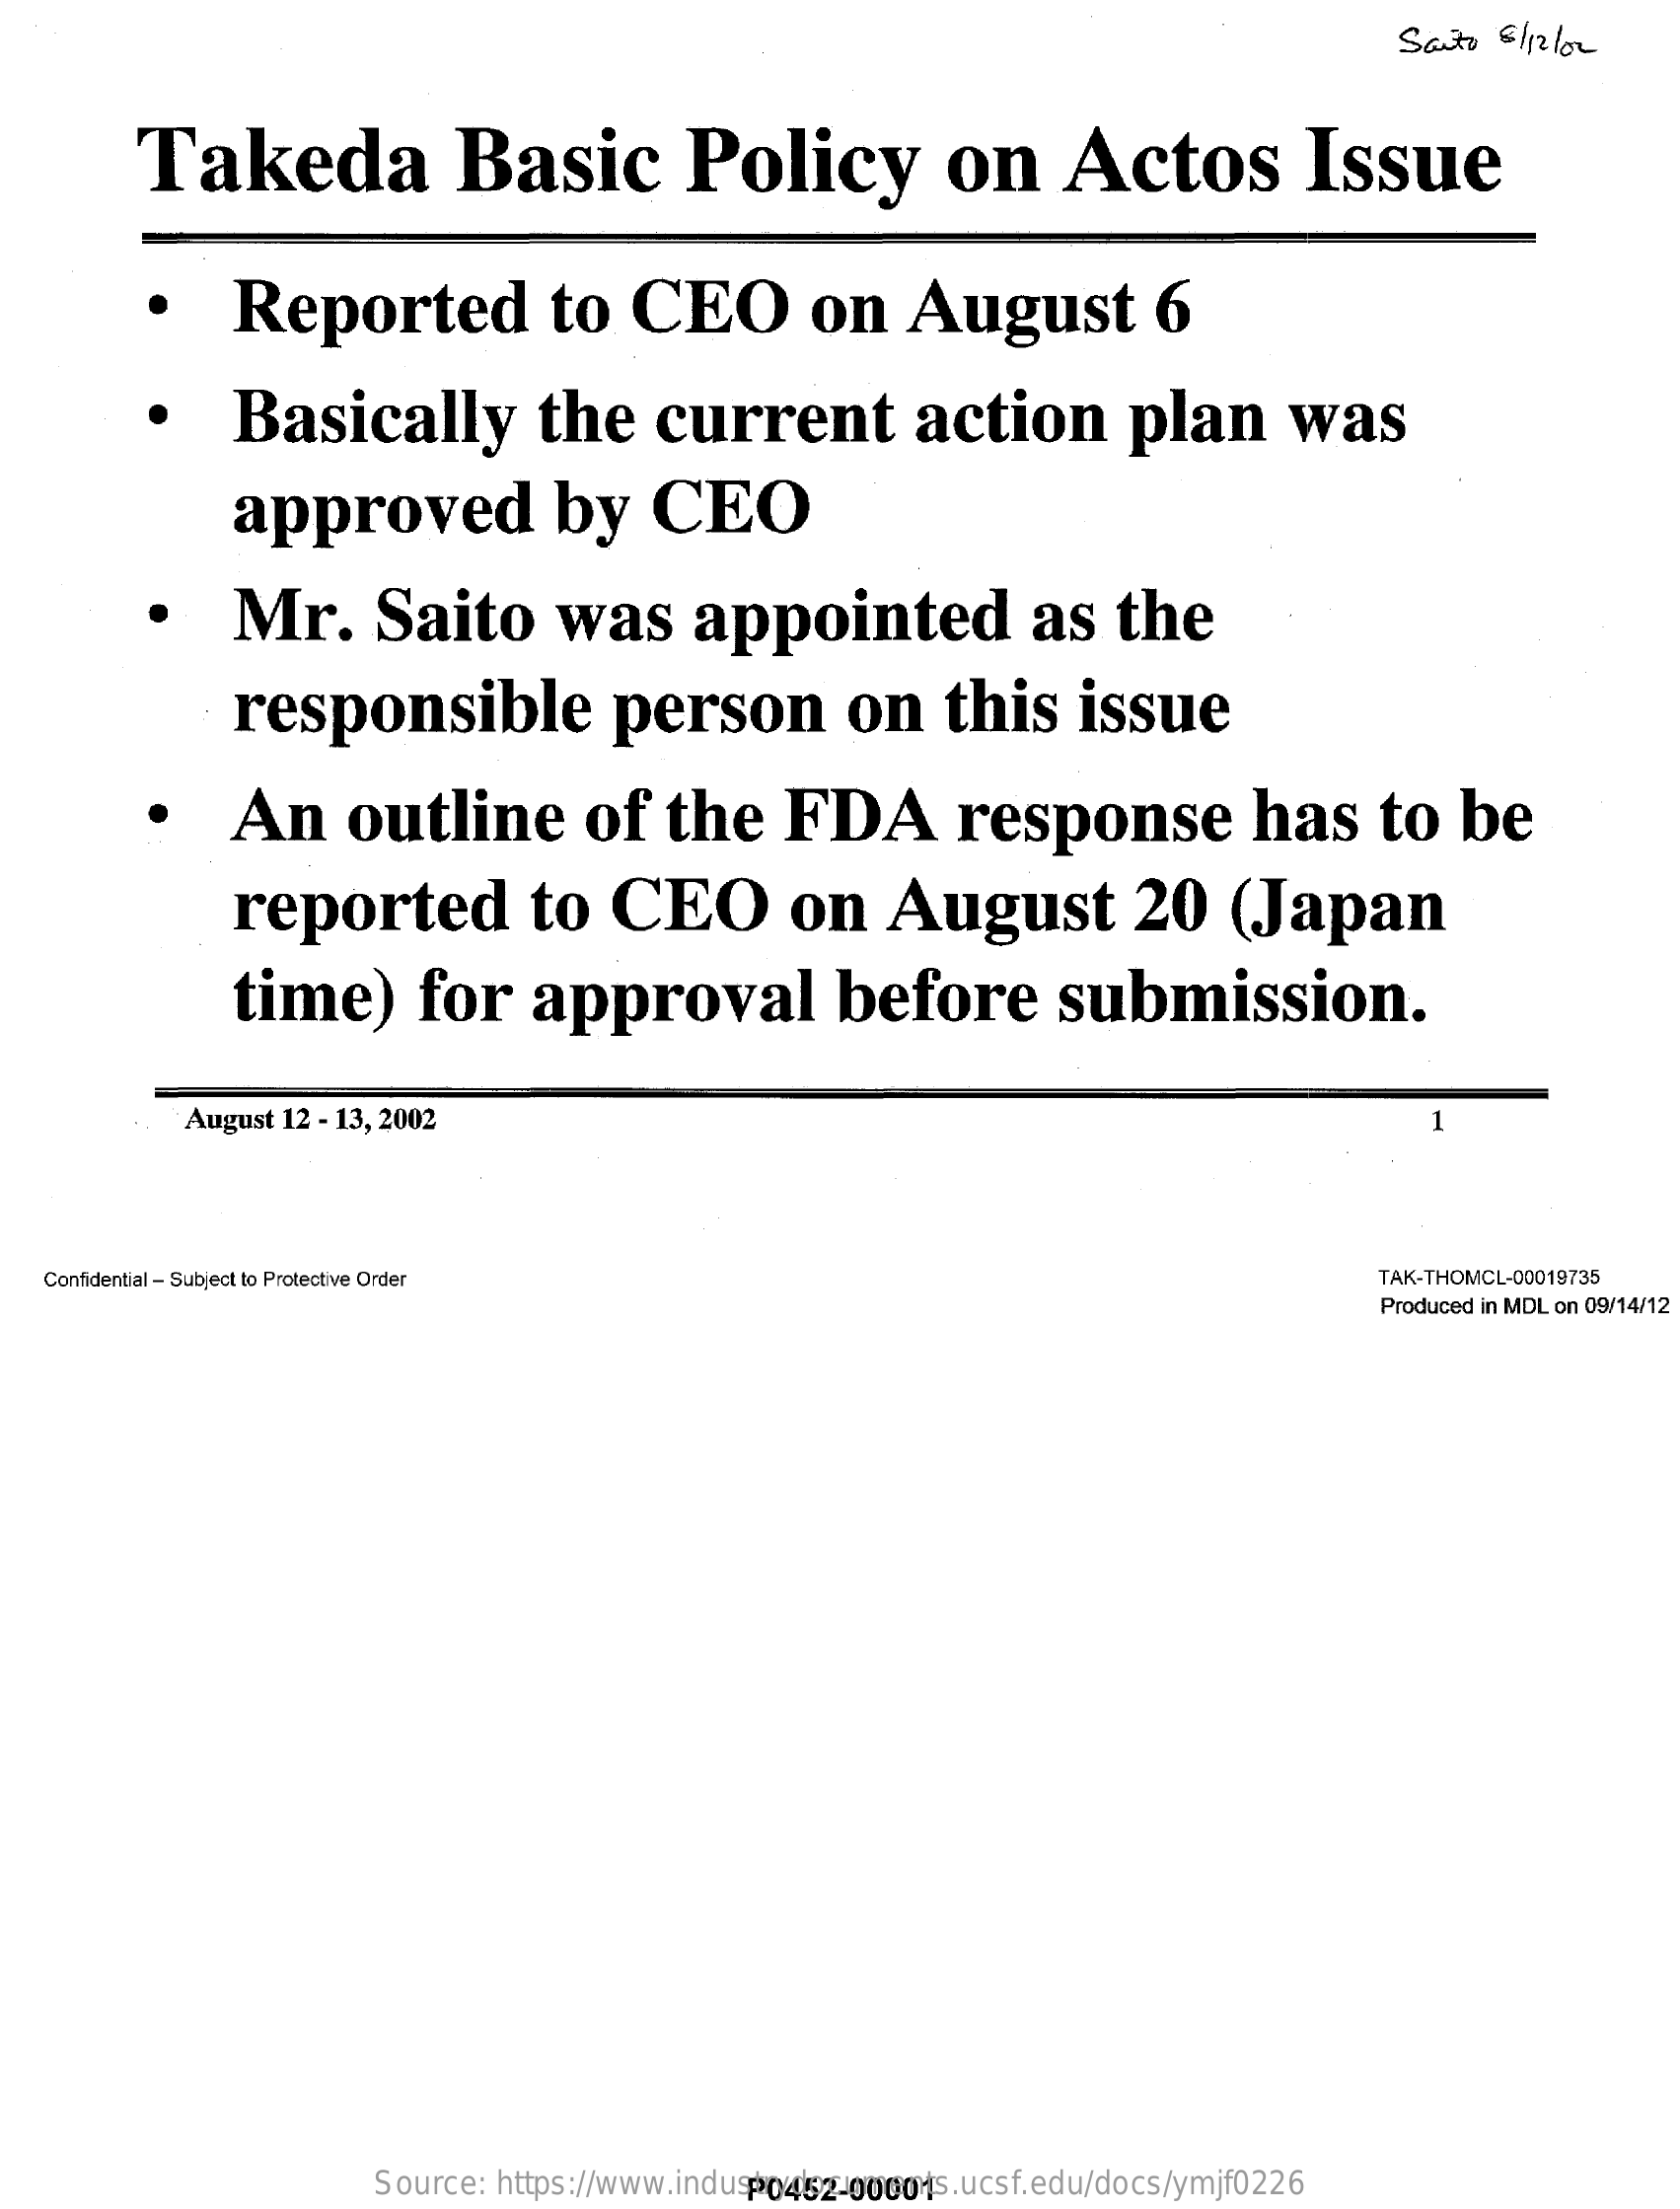
Saito   6/ 12 low
     Takeda    Basic    Policy    on    Actos    Issue
     ·    Reported    to    CEO    on    August    6
     .    Basically    the    current    action    plan    was
     approved    by    CEO
     .    Mr.    Saito    was    appointed    as    the
     responsible    person    on    this    issue
     ·    An    outline    of    the    FDA    response    has    to    be
     reported    to   CEO    on    August    20    (Japan
     time)    for    approval    before    submission.
     August 12 - 13, 2002
    Confidential - Subject to Protective Order    TAK-THOMCL-00019735
     Produced in MDL on 09/14/12
     Source:  https://www.industrydocuments.ucsf.edu/docs/ymjf0226 P0452-00001